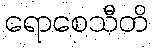
ရောစေသီတိ